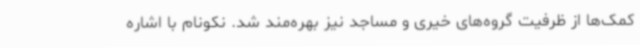
کمک‌ها از ظرفیت گروه‌های خیری و مساجد نیز بهره‌مند شد. نکونام با اشاره